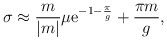
\begin{align*}\sigma \approx {m \over |m|} \mu {\rm e}^{-1-{\pi \over g}}+{\pi m \over g},\end{align*}